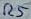
Text: R5